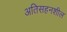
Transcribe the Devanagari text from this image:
अतिसहनशील